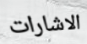
الاشارات